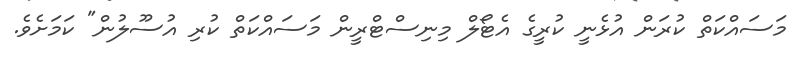
މަސައްކަތް ކުރަން އުޅެނީ ކުރީގެ އެޓޯލް މިނިސްޓްރީން މަސައްކަތް ކުރި އުސޫލުން" ކަމަށެވެ.